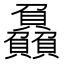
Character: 𮚰